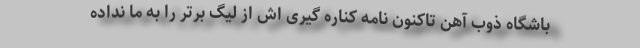
باشگاه ذوب آهن تاکنون نامه کناره گیری اش از لیگ برتر را به ما نداده